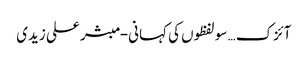
آئزک… سو لفظوں کی کہانی- مبشر علی زیدی